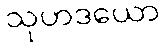
သုဟဒယော